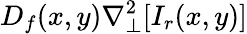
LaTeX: D_{f}(x,y)\nabla_{\perp}^{2}[I_{r}(x,y)]